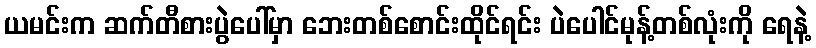
ယမင်းက ဆက်တီစားပွဲပေါ်မှာ ဘေးတစ်စောင်းထိုင်ရင်း ပဲပေါင်မုန့်တစ်လုံးကို ရေနဲ့